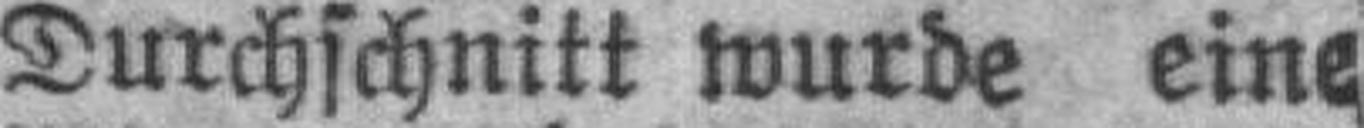
Durchschnitt wurde eine